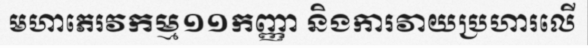
មហាភេរវកម្ម១១កញ្ញា និងការវាយប្រហារលើ